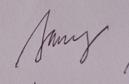
Signature authenticity: genuine